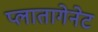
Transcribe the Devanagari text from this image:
प्लातागेनेट